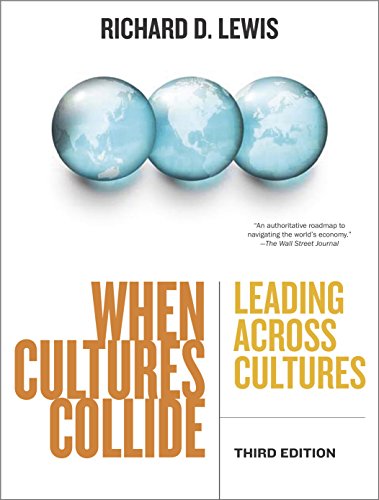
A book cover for When Cultures Collide, 3rd Edition: Leading Across Cultures; Richard  D. Lewis; Business & Money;